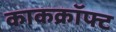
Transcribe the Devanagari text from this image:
काकक्रॉफ्ट